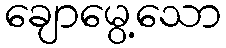
ချောမွေ့သော